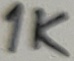
Text: 1K